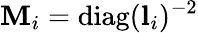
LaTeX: \mathbf{M}_{i}=\textrm{{diag}}(\textbf{{l}}_{i})^{-2}